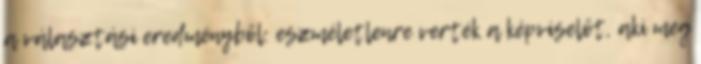
a választási eredményből: eszméletlenre verték a képviselőt, aki meg